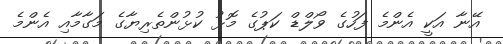
އޭނާ އަކީ އެންމެ ފަހުގެ ވޯލްޑް ކަޕުގެ މޮޅު ކުޅުންތެރިޔާގެ މަގާމާއި އެންމެ